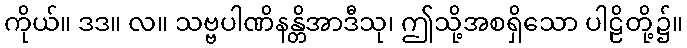
ကိုယ်။ ဒဒ။ လ။ သဗ္ဗပါဏိနန္တိအာဒီသု၊ ဤသို့အစရှိသော ပါဠိတို့၌။